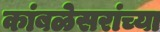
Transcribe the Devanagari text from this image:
कांबळेसरांच्या